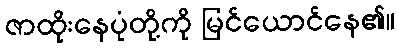
ဇာထိုးနေပုံတို့ကို မြင်ယောင်နေ၏။